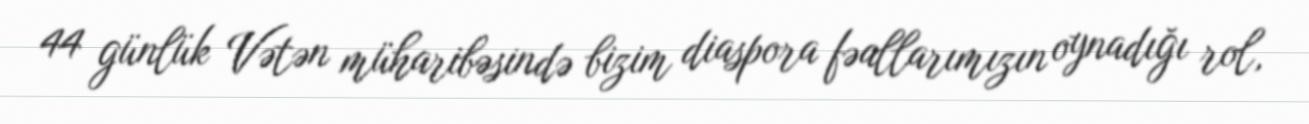
44 günlük Vətən müharibəsində bizim diaspora fəallarımızın oynadığı rol,